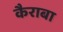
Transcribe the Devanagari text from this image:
कैराबा